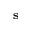
\textbf { s }